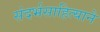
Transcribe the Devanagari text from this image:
संदर्भसाहित्याने